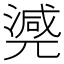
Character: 𣾃